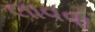
લાવવા